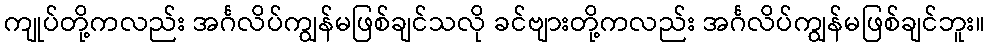
ကျုပ်တို့ကလည်း အင်္ဂလိပ်ကျွန်မဖြစ်ချင်သလို ခင်ဗျားတို့ကလည်း အင်္ဂလိပ်ကျွန်မဖြစ်ချင်ဘူး။